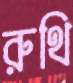
রুথি